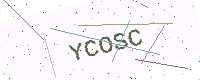
Text: YCOSC